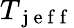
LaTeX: T_{\mathrm{~j~e~f~f~}}